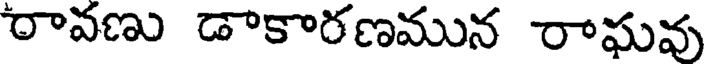
రావణు డాకారణమున రాఘవు